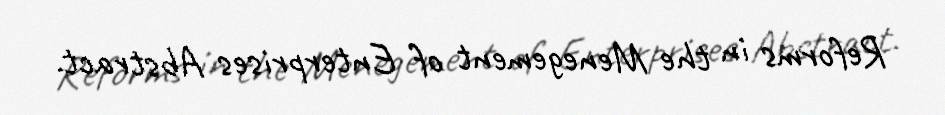
Reforms in the Menegement of Enterprises Abstract.